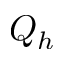
Q _ { h }